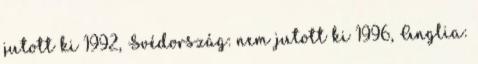
jutott ki 1992, Svédország: nem jutott ki 1996, Anglia: